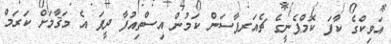
އަވިކްގެ ކާފަ ކޮމްޕެނީގެ ޗެއަރޕާސަން ކަމުން އިސްތިއުފާ ދީފަ އެ މަޤާމަށް ކަރަމް